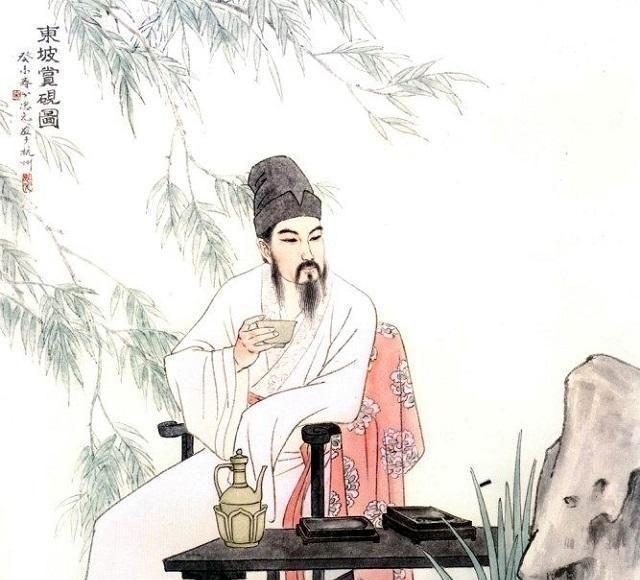
不似秋光，只与离人照断肠。